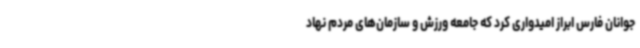
جوانان فارس ابراز امیدواری کرد که جامعه ورزش و سازمان‌های مردم نهاد